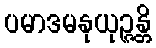
ပမာဒမနုယုဉ္ဇန္တိ